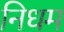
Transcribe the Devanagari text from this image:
निधम